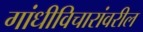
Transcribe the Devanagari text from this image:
गांधीविचारांवरील